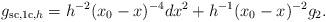
LaTeX: \begin{align*}g_{\mathrm{sc},\mathrm{1c},h} = h^{-2}(x_0-x)^{-4}dx^2+h^{-1}(x_0-x)^{-2}g_2. \end{align*}